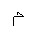
Letter: _mim